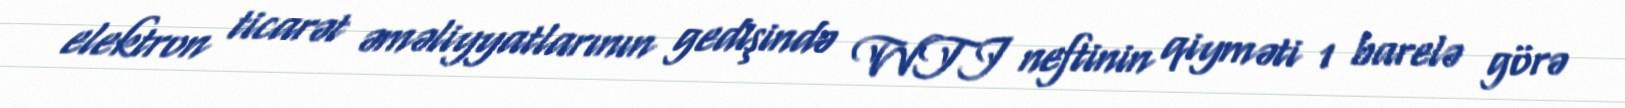
elektron ticarət əməliyyatlarının gedişində WTI neftinin qiyməti 1 barelə görə